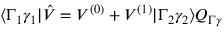
\langle \Gamma _ { 1 } \gamma _ { 1 } | \hat { V } = V ^ { ( 0 ) } + V ^ { ( 1 ) } | \Gamma _ { 2 } \gamma _ { 2 } \rangle Q _ { \Gamma \gamma }